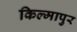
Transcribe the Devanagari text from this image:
किल्मापुर